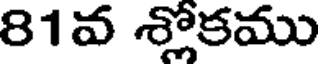
81వ శ్లోకము